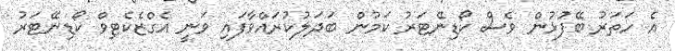
އެ ހަތަރު ބޭފުޅުން ވެސް ކޯޑިނޭޓަރު ކަމުން ބަދަލުކުރައްވާފައި ވަނީ އެގްޒެކެޓިވް ކޯޑިނޭޓަރު